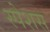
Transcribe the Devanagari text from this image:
स्पेशस